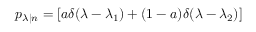
p _ { \lambda | n } = [ a \delta ( \lambda - \lambda _ { 1 } ) + ( 1 - a ) \delta ( \lambda - \lambda _ { 2 } ) ]